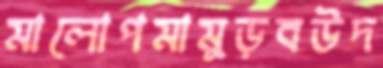
মালোপমামুড়বউদ